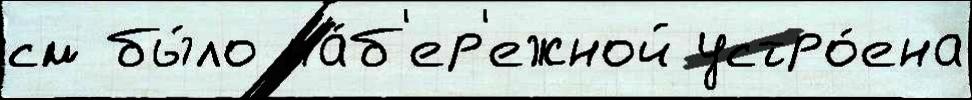
см бы́ло на́б'ер'ежной устро́ена